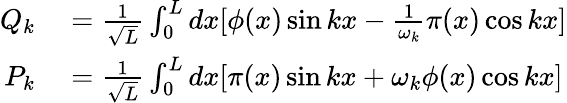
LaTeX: \begin{array}{rl}{Q_{k}}&{{}=\frac{1}{\sqrt{L}}\int_{0}^{L}dx[\phi(x)\sin kx-\frac{1}{\omega_{k}}\pi(x)\cos kx]}\\ {P_{k}}&{{}=\frac{1}{\sqrt{L}}\int_{0}^{L}dx[\pi(x)\sin kx+\omega_{k}\phi(x)\cos kx]}\end{array}